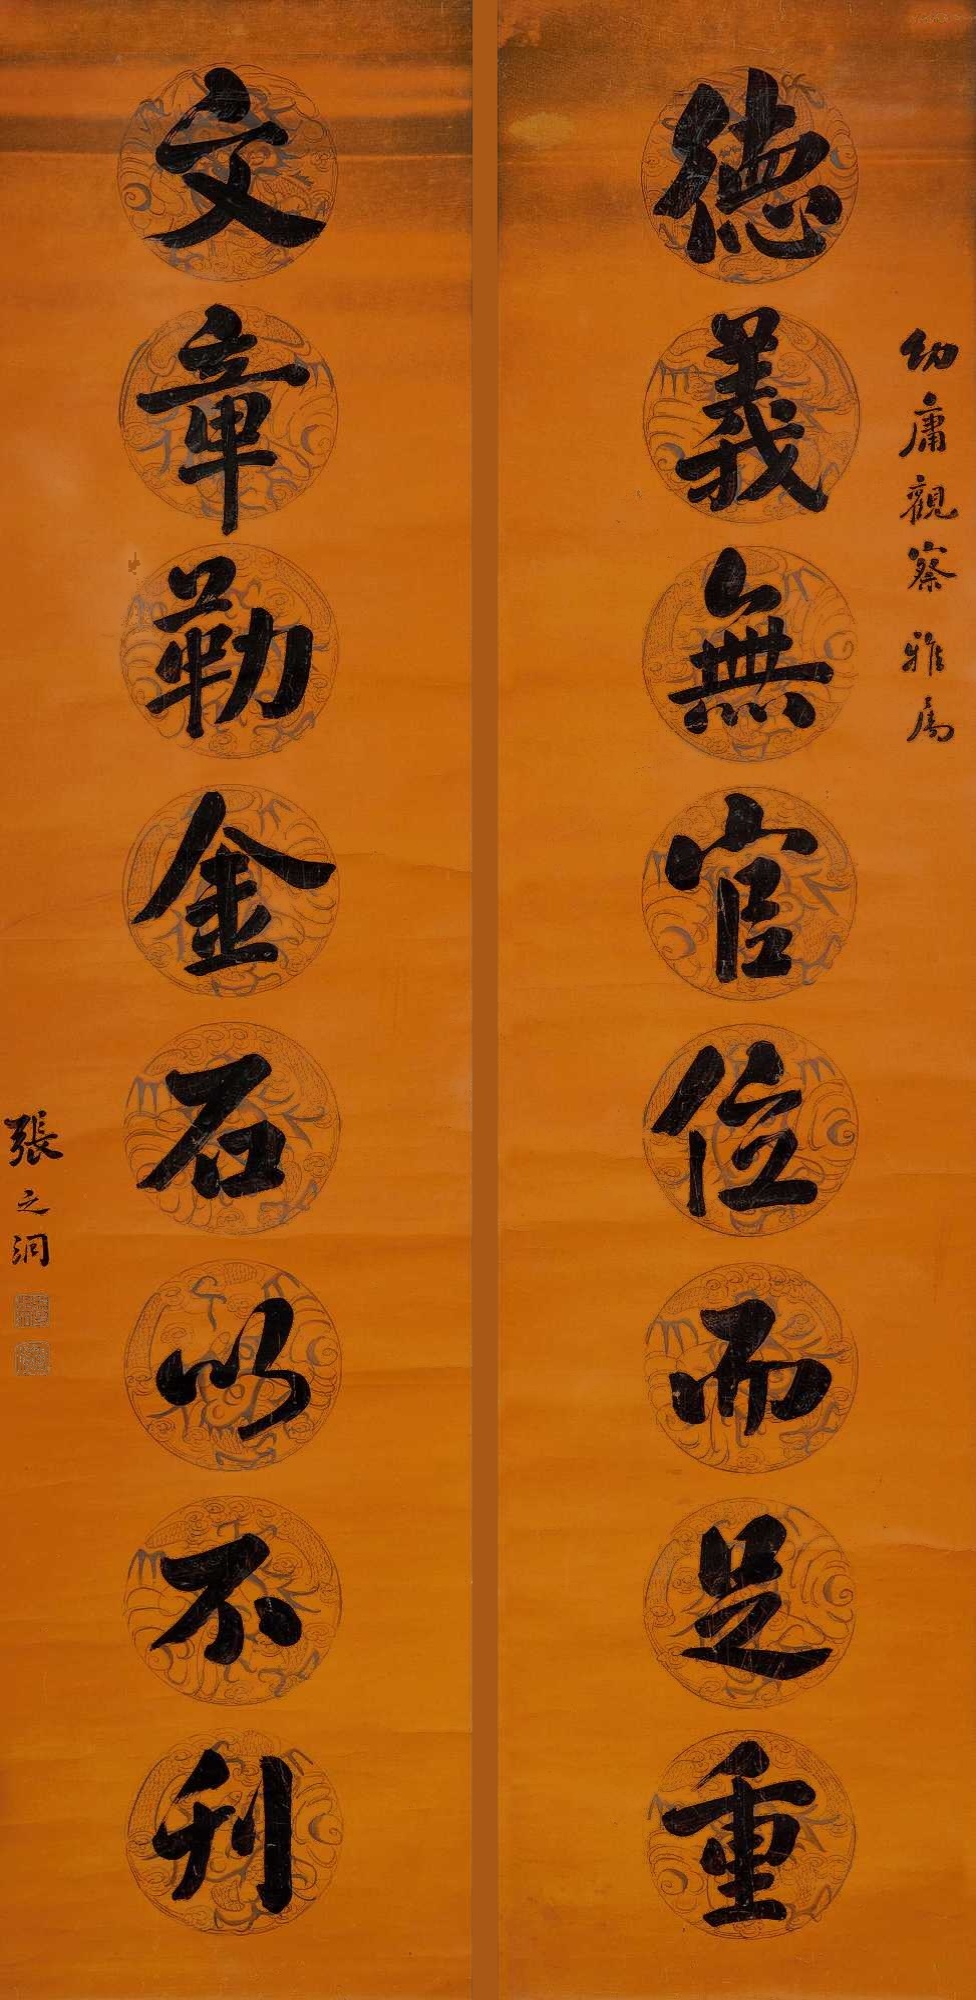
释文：德义无官位而是重，文章勒金石以不刊。幼庸观察雅属，张之洞。